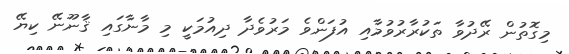
މިގޮތުން ރޭދުވާ ތަކުރާރުވުމާއި އުފަންވެ މަރުވެދާ ދިއުމަކީ މި މާނާގައި ޤާނޫނޭ ކިޔޭ